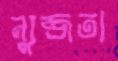
ন্যুব্জতা